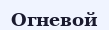
Огневой